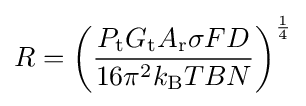
R=\left({\frac {P_{\text{t}}G_{\text{t}}A_{\text{r}}\sigma FD}{16\pi ^{2}k_{\text{B}}TBN}}\right)^{\frac {1}{4}}